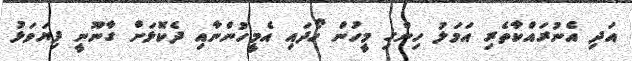
އަދި އެނުރައްކާތެރި އަމަލު ހިންގި މީހުން ހޯދައި އެމީހުންނާއި ދެކޮޅަށް ގާނޫނީ ފިޔަވަޅު